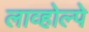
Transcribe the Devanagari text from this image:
लाव्होल्पे